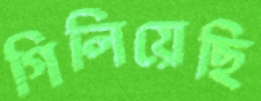
গিলিয়েছি